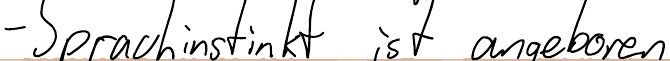
- Sprachinstinkt ist angeboren